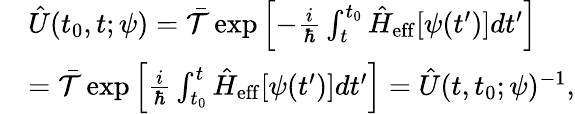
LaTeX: \begin{array}{rl}&{\hat{U}(t_{0},t;\psi)=\mathcal{\bar{T}}\exp\left[-\frac{i}{\hbar}\int_{t}^{t_{0}}\hat{H}_{\mathrm{eff}}[\psi(t^{\prime})]dt^{\prime}\right]}\\ &{=\mathcal{\bar{T}}\exp\left[\frac{i}{\hbar}\int_{t_{0}}^{t}\hat{H}_{\mathrm{eff}}[\psi(t^{\prime})]dt^{\prime}\right]=\hat{U}(t,t_{0};\psi)^{-1},}\end{array}